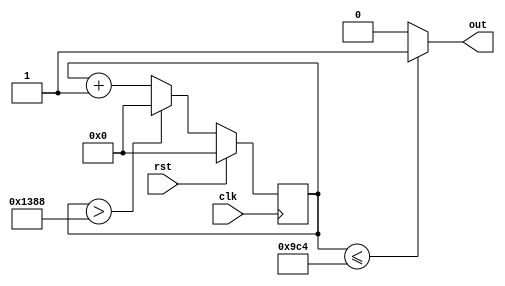
module Clock100Hz(out, clk, rst);
output reg out;
input clk, rst;

reg [15:0] count;

always@(posedge clk)
begin
	if(rst) count <= 16'd0;
	else
	begin
		if(count > 16'd5000) count <= 16'd0;
		else count <= count + 1;
	end
end

always@(count)
begin
	if(count <= 16'd2500) out = 1'b1;
	else out = 1'b0;
end

endmodule